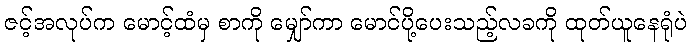
ဇင့်အလုပ်က မောင့်ထံမှ စာကို မျှော်ကာ မောင်ပို့ပေးသည့်လခကို ထုတ်ယူနေရုံပဲ